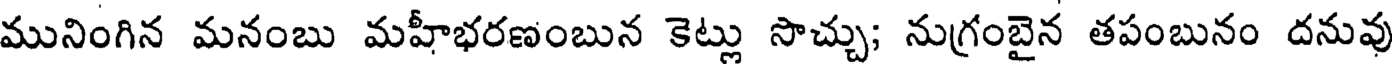
మునింగిన మనంబు మహీభరణంబున కెట్లు సొచ్చు; నుగ్రంబైన తపంబునం దనువు